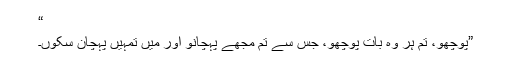
“
”پوچھو، تم ہر وہ بات پوچھو، جس سے تم مجھے پہچانو اور میں تمہیں پہچان سکوں۔